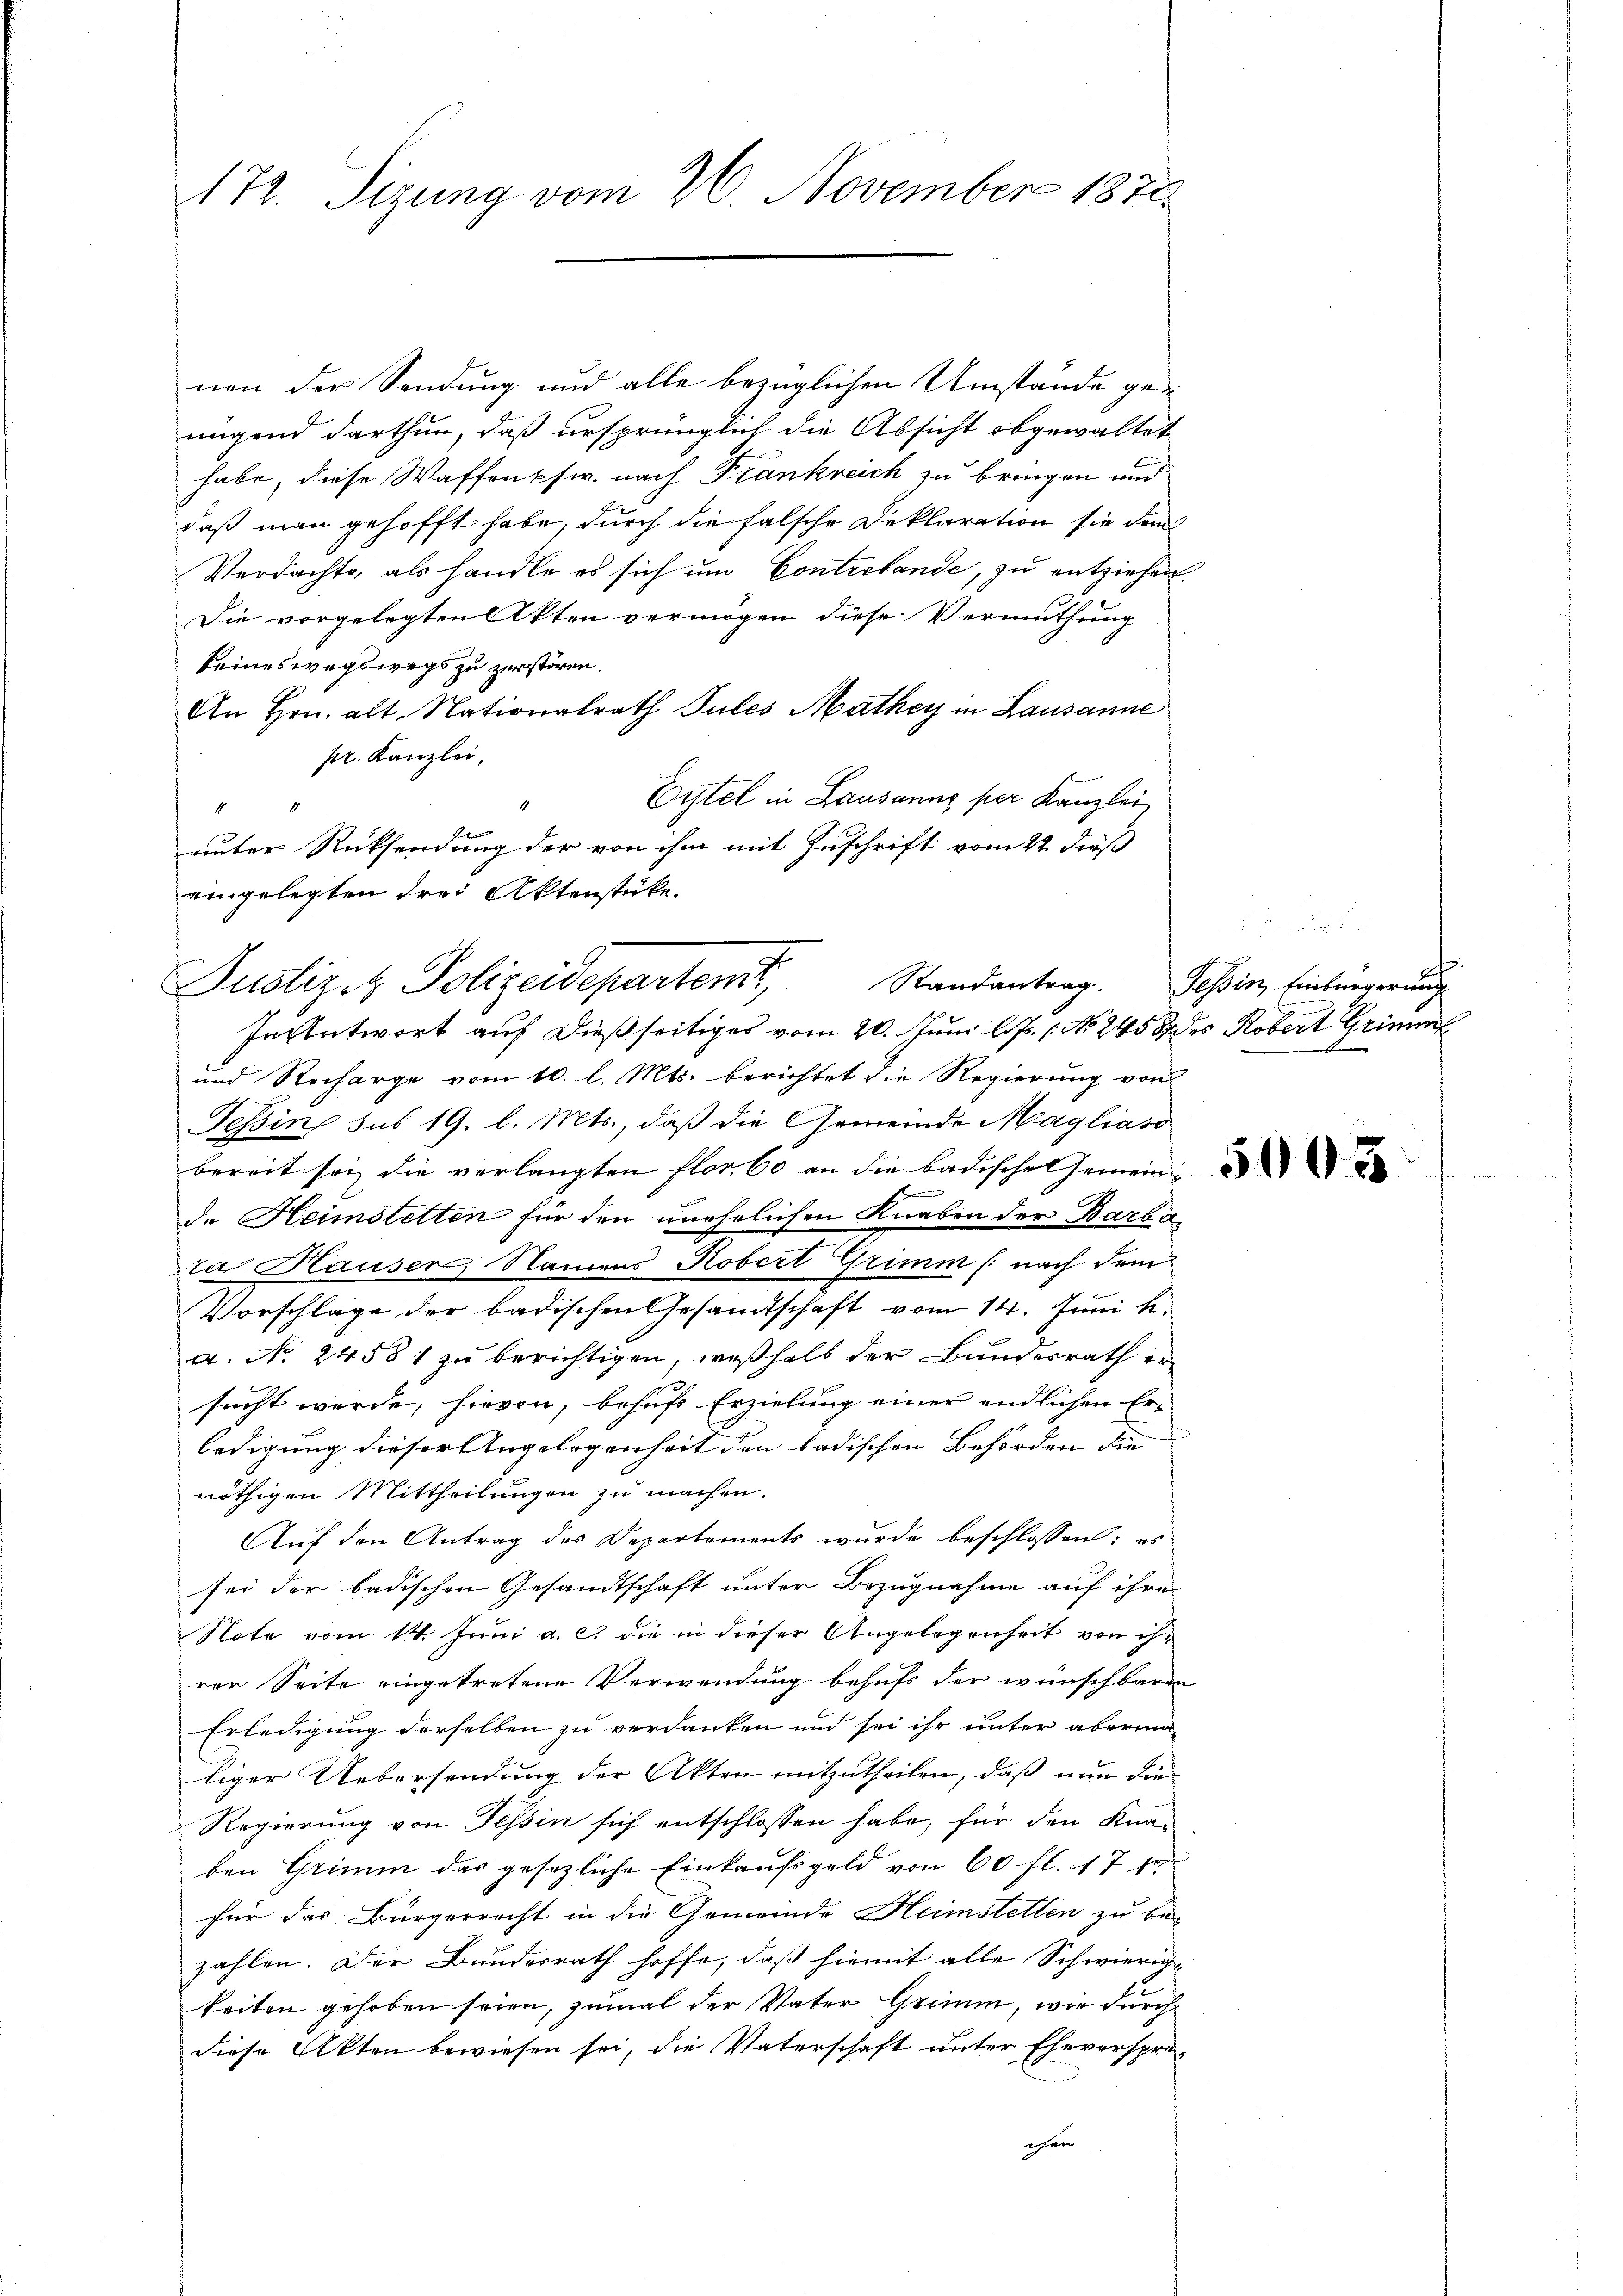
172. Sizung vom 26. November 1878

nen der Sendung und alle bezüglichen Umstände ge
nngend darthun, daß ursprünglich die Absicht abgewaltet
habe, diese Waffenksw. nach Frankreich zu bringen und
daß man gehofft habe, durch die falsche Deklaration sie den
Verdachte, als handle es sich um Contrebande, zu entziehen
Die vorgelegten Akten vermögen diese Vermuthung
keineswegswegs zu zerstören.
An Hrn. alt. Nationalrath Tules Mathey in Lausanne
pr. Kanzlei,
Eitel in Lausanng per Kanzlei
4
4
unter Rücksendung der von ihm mit Zuschrift vom 22. dieß
eingelegten drei Aktenstücke.
und Recharge vom 10. l. Mts. berichtet die Regierung von
Tessin sub 19. l. Mts., daß die Gemeinde Magliaso
bereit sei, die verlangten flor. 60 an die Badischel Gemein
f
de Heimstetten für den unehelichen Knaben der Barba-
za Hauser, Namens Robert Grimm (nach dem
Vorschläge der badischen Gesandtschaft vom 14. Juni l.
a. No. 24581 zu berichtigen, weßhalb der Bundesrath ersucht werde, hievon, behufs Erzielung einer endlichen Er-
ledigung dieser Angelegenheit den badischen Behörden die |
nöthigen Mittheilungen zu machen.
Auf den Antrag des Departements wurde beschlossen; es
sei der badischen Gesandtschaft unter Bezugnahme auf ihre
Note vom 14. Juni a. c. die in dieser Angelegenheit von ihren Seite eingetretene Verwendung behufs der wünschbaren
Erledigung derselben zu verdanken und sei ihr unter aberma
liger Uebersendung der Akten mitzutheilen, daß nun die
Regierung von Tessin sich entschlossen habe, für den Kna-
ben Grimm das gesezliche Einkaufsgeld von 60 fl. 117 er
für das Bürgerrecht in die Gemeinde Heimstetten zu be-
zahlen. Der Bundesrath hoffe, daß hiemit alle Schwierige
keiten gehoben seien, zumal der Vater Grimm, wie durch
diese Akten bewiesen sei, die Vaterschaft unter Ehevorspreichen

Justizit Polizeidepartenit,
Insentwort auf dießseitiges vom 20. Juni l. Js. No. 245 des Robert Grimmt

he
Randantrag. Tessin, Einbürgerung

5008